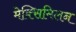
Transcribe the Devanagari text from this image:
मेक्सिमिलन